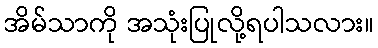
အိမ်သာကို အသုံးပြုလို့ရပါသလား။